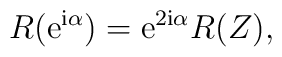
R({\mathrm{e}}^{ {\mathrm{i}}\alpha }) ={\mathrm{e}}^{ 2{\mathrm{i}}\alpha } R(Z),